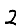
Digit: 2